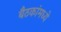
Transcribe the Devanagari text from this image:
बैठकांमध्ये